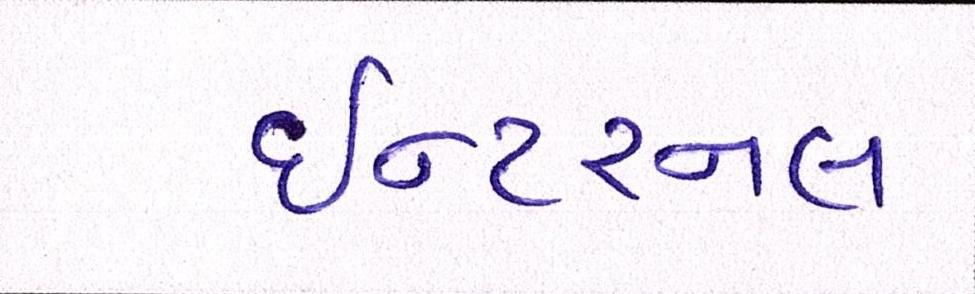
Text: ઇન્ટરનલ